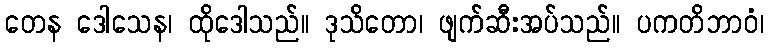
တေန ဒေါသေန၊ ထိုဒေါသည်။ ဒုသိတော၊ ဖျက်ဆီးအပ်သည်။ ပကတိဘာဝံ၊